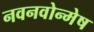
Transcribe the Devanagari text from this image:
नवनवोन्मेष